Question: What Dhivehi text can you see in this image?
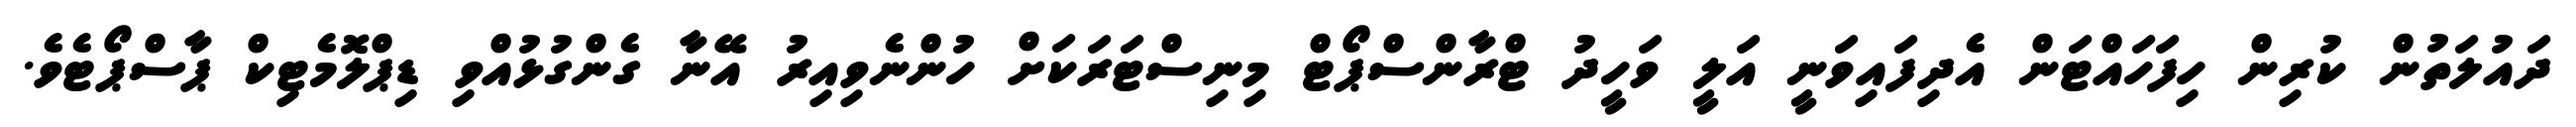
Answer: ދައުލަތުން ކުރިން ހިފަހައްޓަން އެދިފައިވަނީ އަލީ ވަހީދު ޓްރާންސްޕޯޓް މިނިސްޓަރަކަށް ހުންނެވިއިރު އޭނާ ގެންގުޅުއްވި ޑިޕްލޮމެޓިކް ޕާސްޕޯޓެވެ.